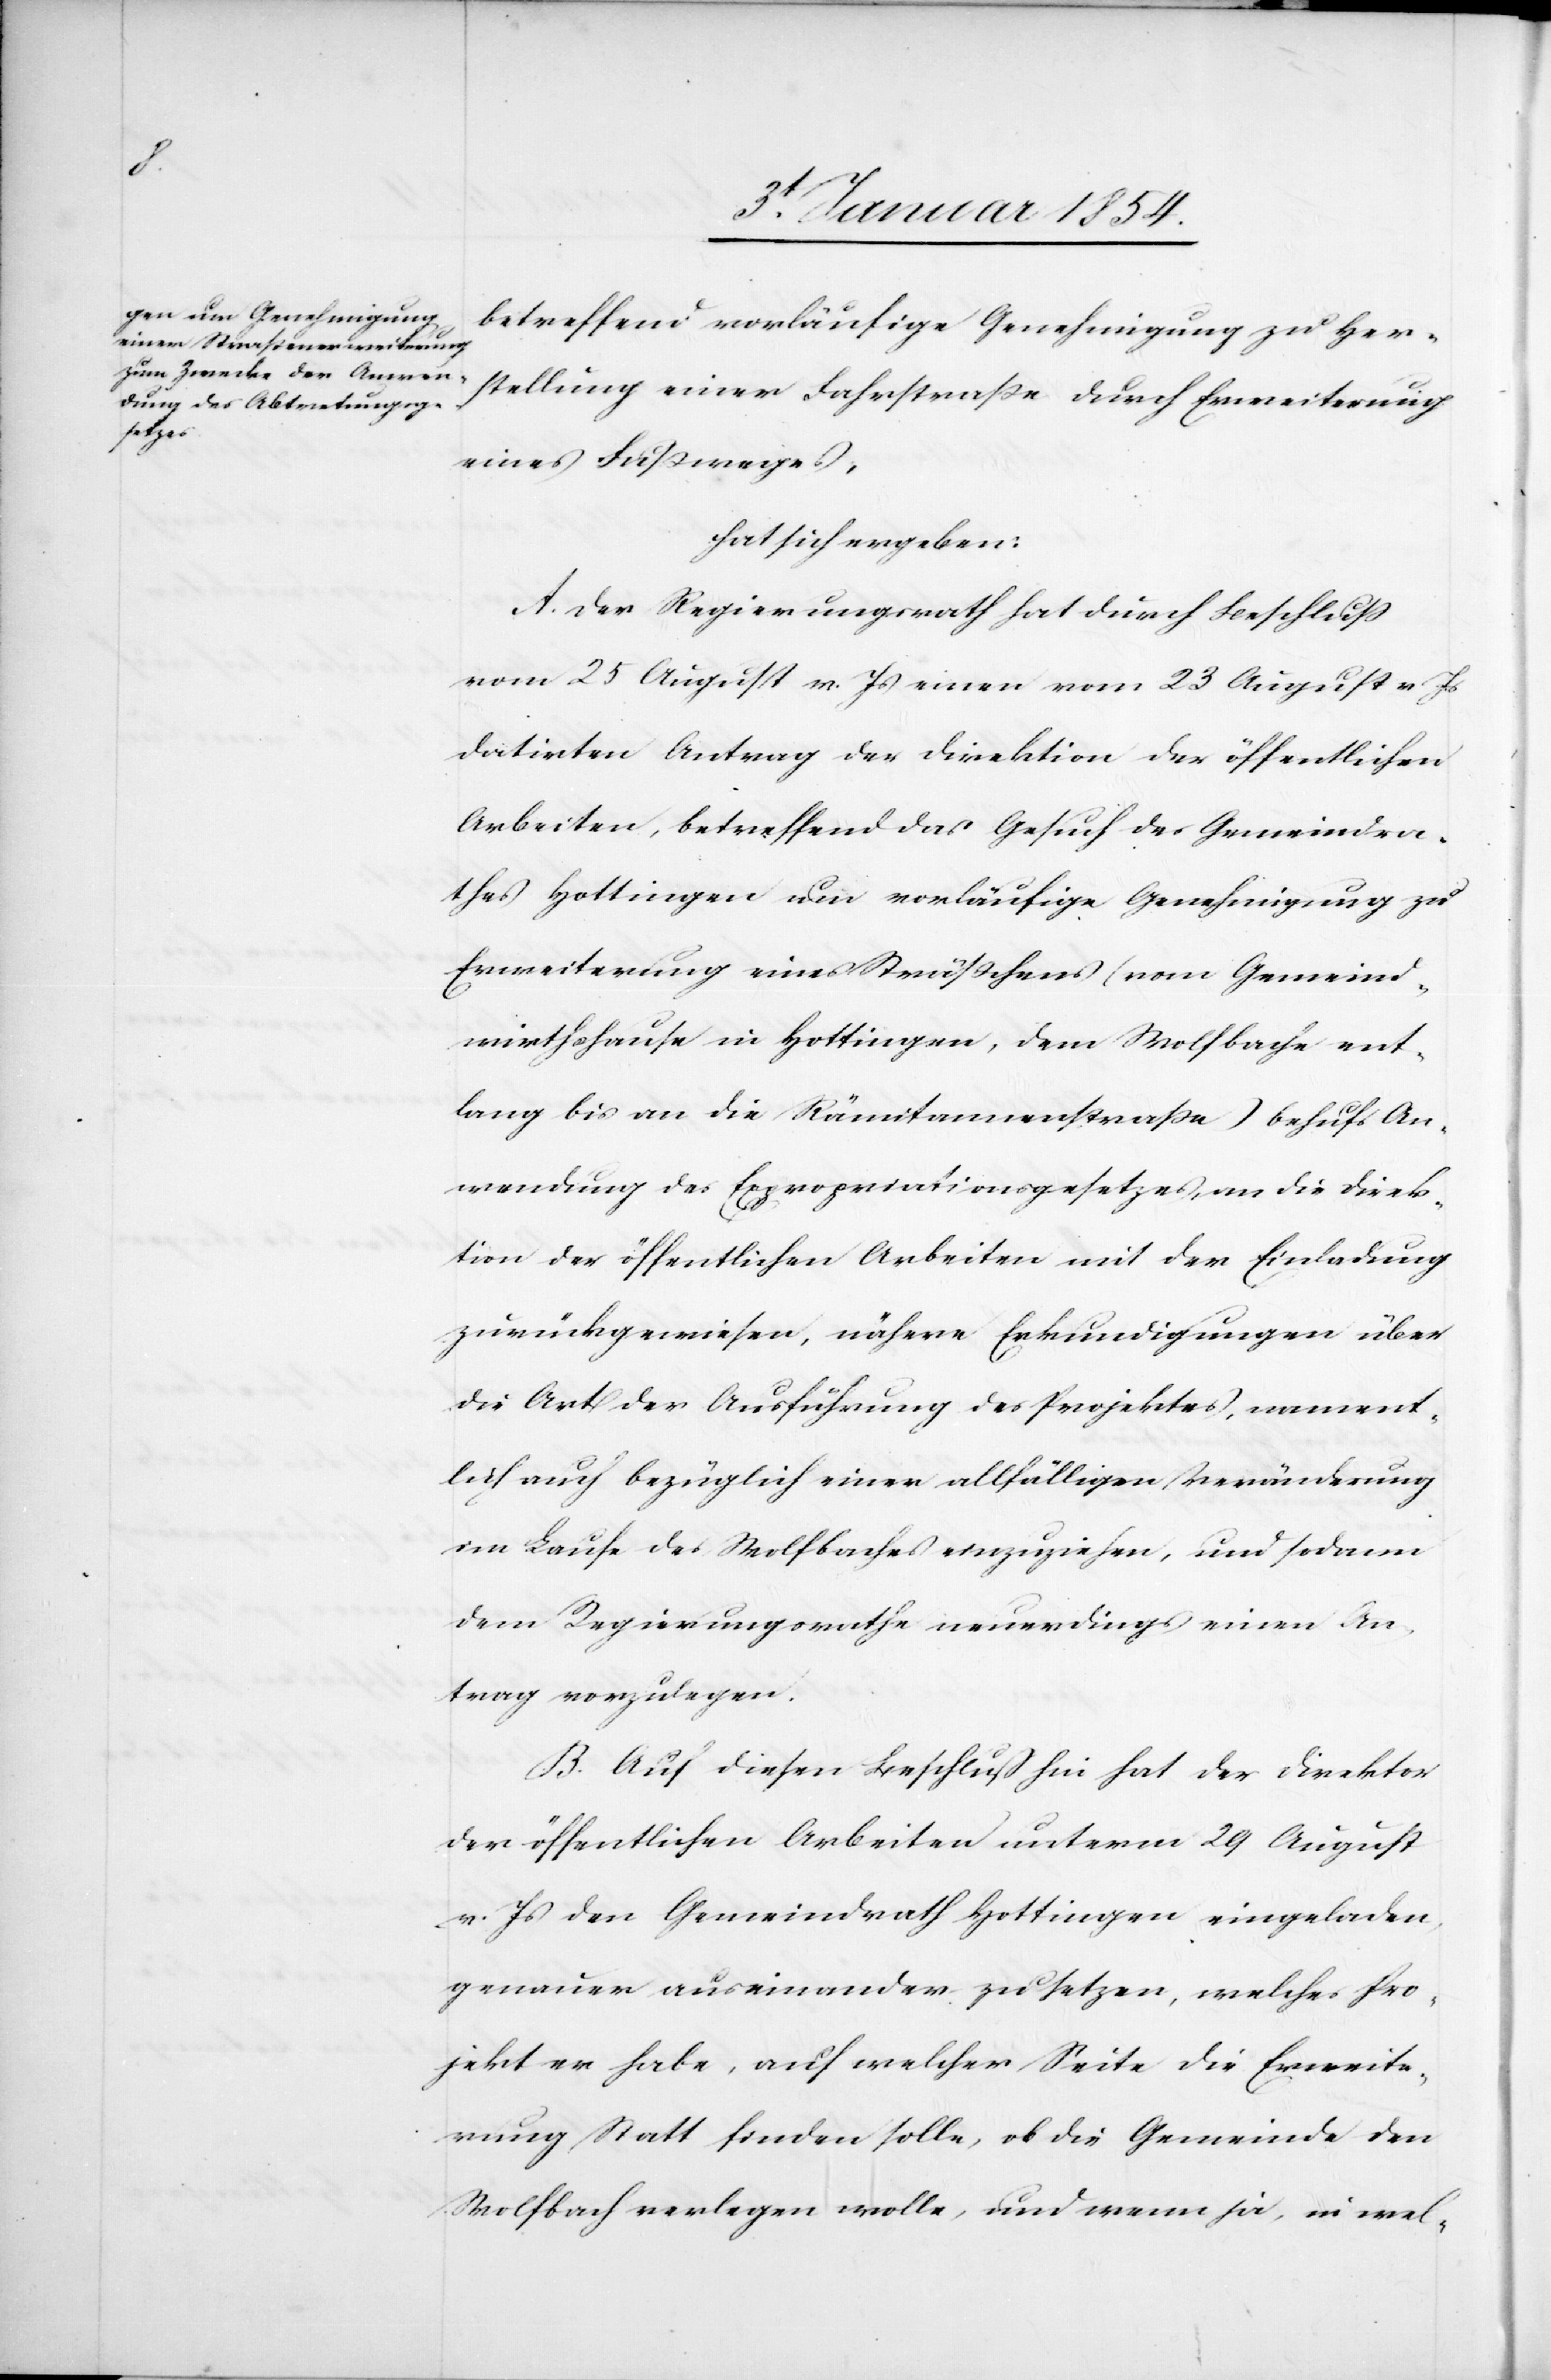
betreffend vorläufige Genehmigung zu Her¬
stellung einer Fahrstraße durch Erweiterung
eines Fußweges,
hat sich ergeben:
A. Der Regierungsrath hat durch Beschluß
vom 25 August v. Js einen vom 23 August v Js
datirten Antrag der Direktion der öffentlichen
Arbeiten, betreffend das Gesuch des Gemeindra¬
thes Hottingen um vorläufige Genehmigung zu
Erweiterung eines Sträßchens (vom Gemeind¬
wirthshause in Hottingen, dem Wolfbache ent¬
lang bis an die Rämitannenstraße) behufs An¬
wendung des Expropriationsgesetzes, an die Direk¬
tion der öffentlichen Arbeiten mit der Einladung
zurückgewiesen, nähere Erkundigungen über
die Art der Ausführung des Projektes, nament¬
lich auch bezüglich einer allfälligen Veränderung
im Laufe des Wolfbaches einzuziehen, und sodann
dem Regierungsrathe neuerdings einen An¬
trag vorzulegen.
B. Auf diesen Beschluß hin hat der Direktor
der öffentlichen Arbeiten unterm 29 August
v. Js den Gemeindrath Hottingen eingeladen,
genauer auseinander zu setzen, welches Pro¬
jekt er habe, auf welcher Seite die Erweite¬
rung Statt finden solle, ob die Gemeinde den
Wolfbach verlegen wolle, und wenn ja, in wel-